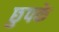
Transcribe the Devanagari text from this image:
छुपके